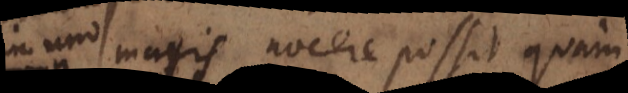
uno magis nocere possit, quam